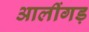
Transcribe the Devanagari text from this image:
आलींगड़